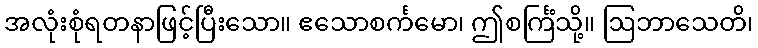
အလုံးစုံရတနာဖြင့်ပြီးသော။ ဧသောစင်္ကမော၊ ဤစင်္ကြံသို့။ ဩဘာသေတိ၊